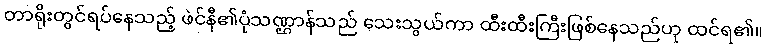
တာရိုးတွင်ရပ်နေသည့် ဖဲင်နီ၏ပုံသဏ္ဌာန်သည် သေးသွယ်ကာ ထီးထီးကြီးဖြစ်နေသည်ဟု ထင်ရ၏။